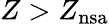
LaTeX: Z>Z_{\mathrm{nsa}}